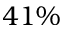
4 1 \%